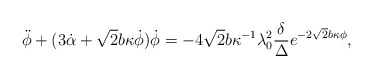
\begin{align*}\ddot{\phi}+(3 \dot{\alpha} + \sqrt{2} b \kappa \dot{\phi}) \dot{\phi}=-4 \sqrt{2} b \kappa^{-1} \lambda_0^2 \frac{\delta}{\Delta} e^{-2 \sqrt{2}b \kappa \phi},\end{align*}